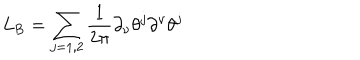
LaTeX: L _ { \mathrm { B } } = \sum _ { j = 1 , 2 } \frac { 1 } { 2 \pi } \partial _ { \nu } \theta ^ { j } \partial ^ { \nu } \theta ^ { j }